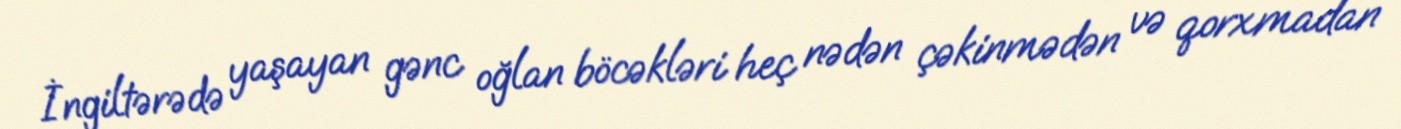
İngiltərədə yaşayan gənc oğlan böcəkləri heç nədən çəkinmədən və qorxmadan